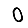
Digit: 0